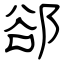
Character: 郤